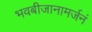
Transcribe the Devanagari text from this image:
भवबीजानामर्जनं